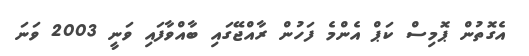
އެގޮތުން ޕޮމިސް ކަޕް އެންމެ ފަހުން ރާއްޖޭގައި ބާއްވާފައި ވަނީ 2003 ވަނަ